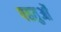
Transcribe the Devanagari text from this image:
पहतुओं